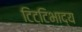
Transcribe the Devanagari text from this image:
टिट्‌टिभाद्य